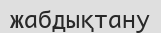
жабдықтану